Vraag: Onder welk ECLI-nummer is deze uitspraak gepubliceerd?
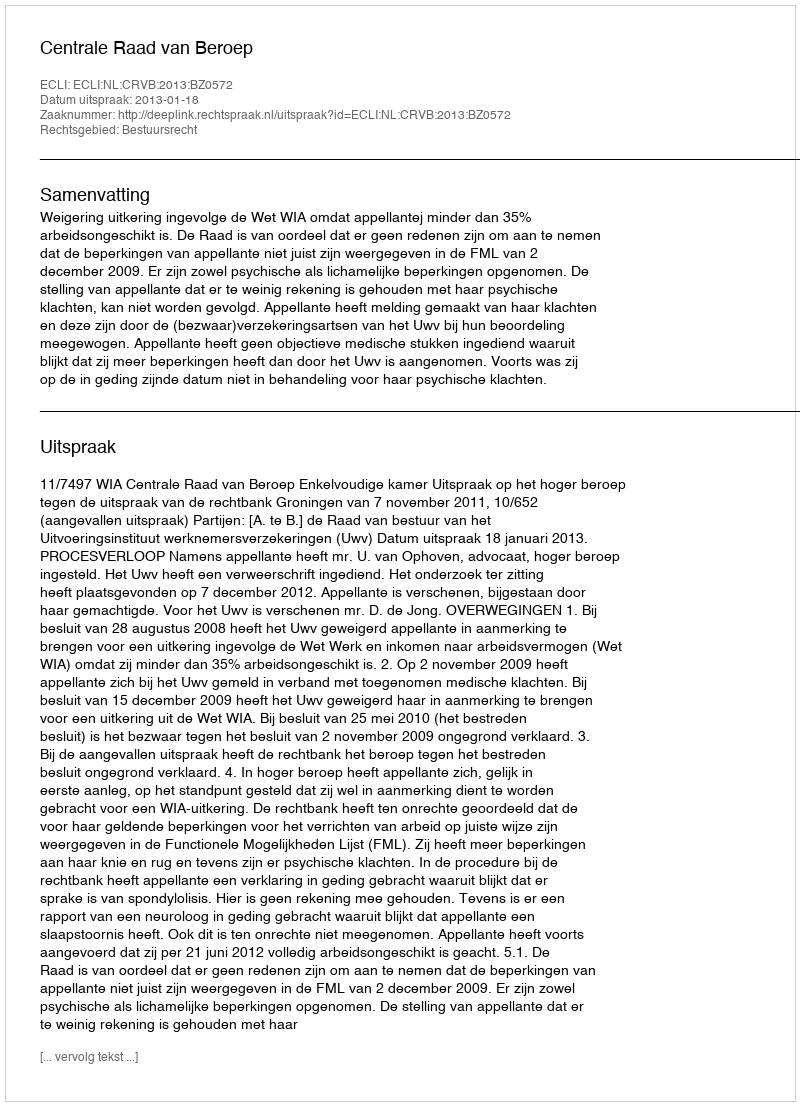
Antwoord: ECLI:NL:CRVB:2013:BZ0572